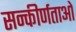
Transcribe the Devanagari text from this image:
सन्कीर्णताओ